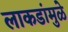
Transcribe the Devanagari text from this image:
लाकडांमुळे